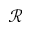
{ \mathcal R }